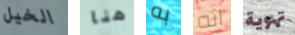
الخيل هنا به انه تهوية